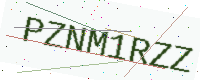
Text: PZNM1RZZ